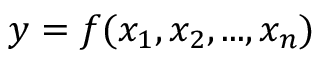
y = f ( x _ { 1 } , x _ { 2 } , . . . , x _ { n } )